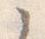
之